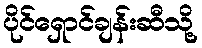
ပိုင်ရှောင်ချန်းဆီသို့